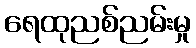
ရေထုညစ်ညမ်းမှု